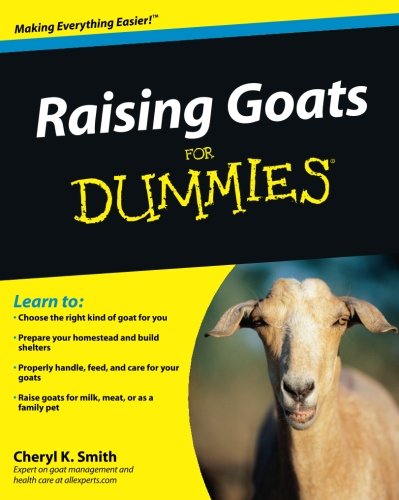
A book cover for Raising Goats For Dummies; Cheryl K. Smith; Science & Math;